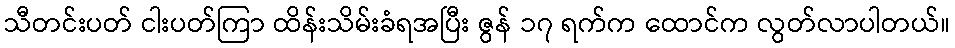
သီတင်းပတ် ငါးပတ်ကြာ ထိန်းသိမ်းခံရအပြီး ဇွန် ၁၇ ရက်က ထောင်က လွတ်လာပါတယ်။